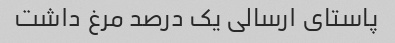
پاستای ارسالی یک درصد مرغ داشت